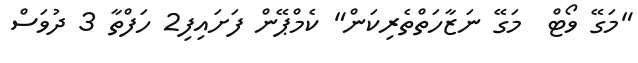
"މަގޭ ވޯޓް  މަގޭ ނަޒާހަތްތެރިކަން" ކެމްޕޭން ފަށައިފި2 ހަފްތާ 3 ދުވަސް